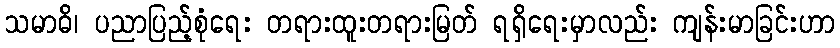
သမာဓိ၊ ပညာပြည့်စုံရေး တရားထူးတရားမြတ် ရရှိရေးမှာလည်း ကျန်းမာခြင်းဟာ